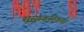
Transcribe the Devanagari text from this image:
सुसंस्कृतिकता